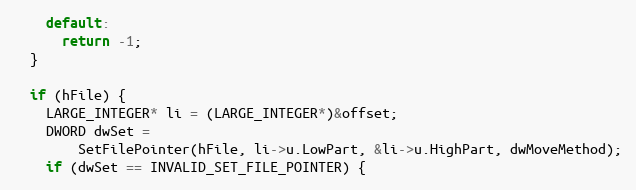
Language: C++
    default:
      return -1;
  }

  if (hFile) {
    LARGE_INTEGER* li = (LARGE_INTEGER*)&offset;
    DWORD dwSet =
        SetFilePointer(hFile, li->u.LowPart, &li->u.HighPart, dwMoveMethod);
    if (dwSet == INVALID_SET_FILE_POINTER) {